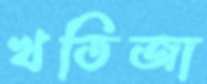
খতিজা